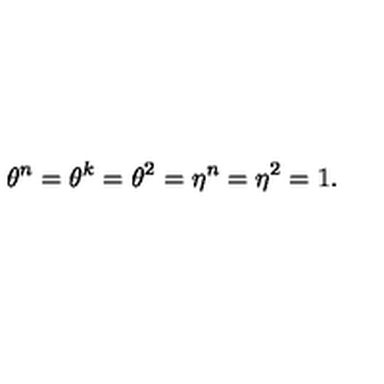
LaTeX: \theta ^ { n } = \theta ^ { k } = \theta ^ { 2 } = \eta ^ { n } = \eta ^ { 2 } = 1 .